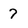
Character: 7